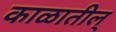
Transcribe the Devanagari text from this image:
काळातील्